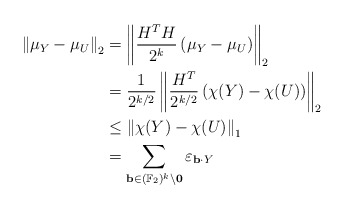
\begin{align*}\left\| \mu_Y - \mu_U \right\|_2& = \left\| \frac{H^T H}{2^k} \left(\mu_Y - \mu_U \right) \right\|_2\\& = \frac{1}{2^{k/2}} \left\| \frac{H^T}{2^{k/2}} \left(\chi(Y) - \chi(U) \right) \right\|_2\\& \leq \left\| \chi(Y) - \chi(U) \right\|_1\\& = \sum_{\mathbf{b} \in (\mathbb{F}_2)^k \setminus \mathbf{0}} \varepsilon_{\mathbf{b}\cdot Y}\end{align*}